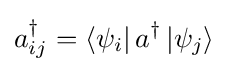
a_{ij}^{\dagger }=\left\langle \psi _{i}\right|a^{\dagger }\left|\psi _{j}\right\rangle